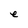
Character: e